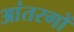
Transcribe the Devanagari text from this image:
आंतरगों